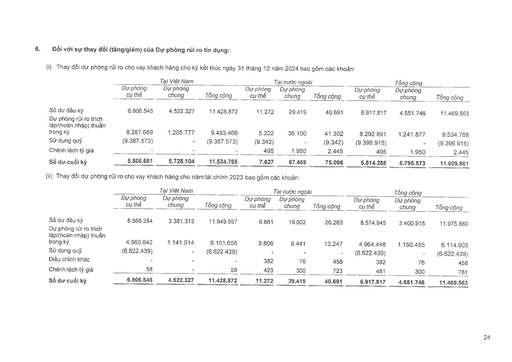
|||Tại Việt Nam|||Tại nước ngoài|||Tổng cộng|| |---|---|---|---|---|---|---|---|---|---| ||Dự phòng cụ thể|Dự phòng chung|Tổng cộng|Dự phòng cụ thể|Dự phòng chung|Tổng cộng|Dự phòng cụ thể|Dự phòng chung|Tổng cộng| |Số dư đầu kỳ|6.906.545|4.522.327|11.428.872|11.272|29.419|40.691|6.917.817|4.551.746|11.469.563| |Dự phòng rủi ro trích lập/(hoàn nhập) thuần trong kỳ|8.287.689|1.205.777|9.493.466|5.202|36.100|41.302|8.292.891|1.241.877|9.534.768| |Sử dụng quỹ|(9.387.573)|-|(9.387.573)|(9.342)|-|(9.342)|(9.396.915)|-|(9.396.915)| |Chênh lệch tỷ giá|-|-|-|495|1.950|2.445|495|1.950|2.445| |Số dư cuối kỳ|5.806.661|5.728.104|11.534.765|7.627|67.469|75.096|5.814.288|5.795.573|11.609.861| |||Tại Việt Nam|||Tại nước ngoài|||Tổng cộng|| |---|---|---|---|---|---|---|---|---|---| ||Dự phòng cụ thể|Dự phòng chung|Tổng cộng|Dự phòng cụ thể|Dự phòng chung|Tổng cộng|Dự phòng cụ thể|Dự phòng chung|Tổng cộng| |Số dư đầu kỳ|8.568.284|3.381.313|11.949.597|6.661|19.602|26.263|8.574.945|3.400.915|11.975.860| |Dự phòng rủi ro trích lập/(hoàn nhập) thuần trong kỳ|4.960.642|1.141.014|6.101.656|3.806|9.441|13.247|4.964.448|1.150.455|6.114.903| |Sử dụng quỹ|(6.622.439)|-|(6.622.439)|-|-|-|(6.622.439)|-|(6.622.439)| |Điều chỉnh khác|-|-|-|382|76|458|382|76|458| |Chênh lệch tỷ giá|58|-|58|423|300|723|481|300|781| |Số dư cuối kỳ|6.906.545|4.522.327|11.428.872|11.272|29.419|40.691|6.917.817|4.551.746|11.469.563|